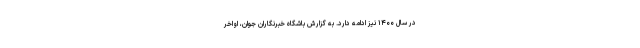
در سال ۱۴۰۰ نیز ادامه دارد. به گزارش باشگاه خبرنگاران جوان، اواخر